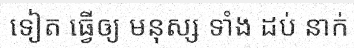
ទៀត ធ្វើឲ្យ មនុស្ស ទាំង ដប់ នាក់